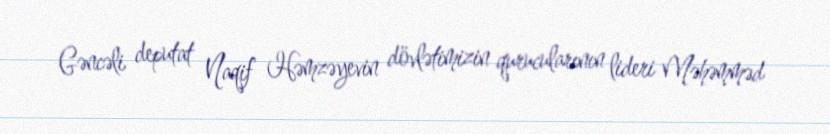
Gəncəli deputat Naqif Həmzəyevin dövlətimizin qurucularının lideri Məhəmməd